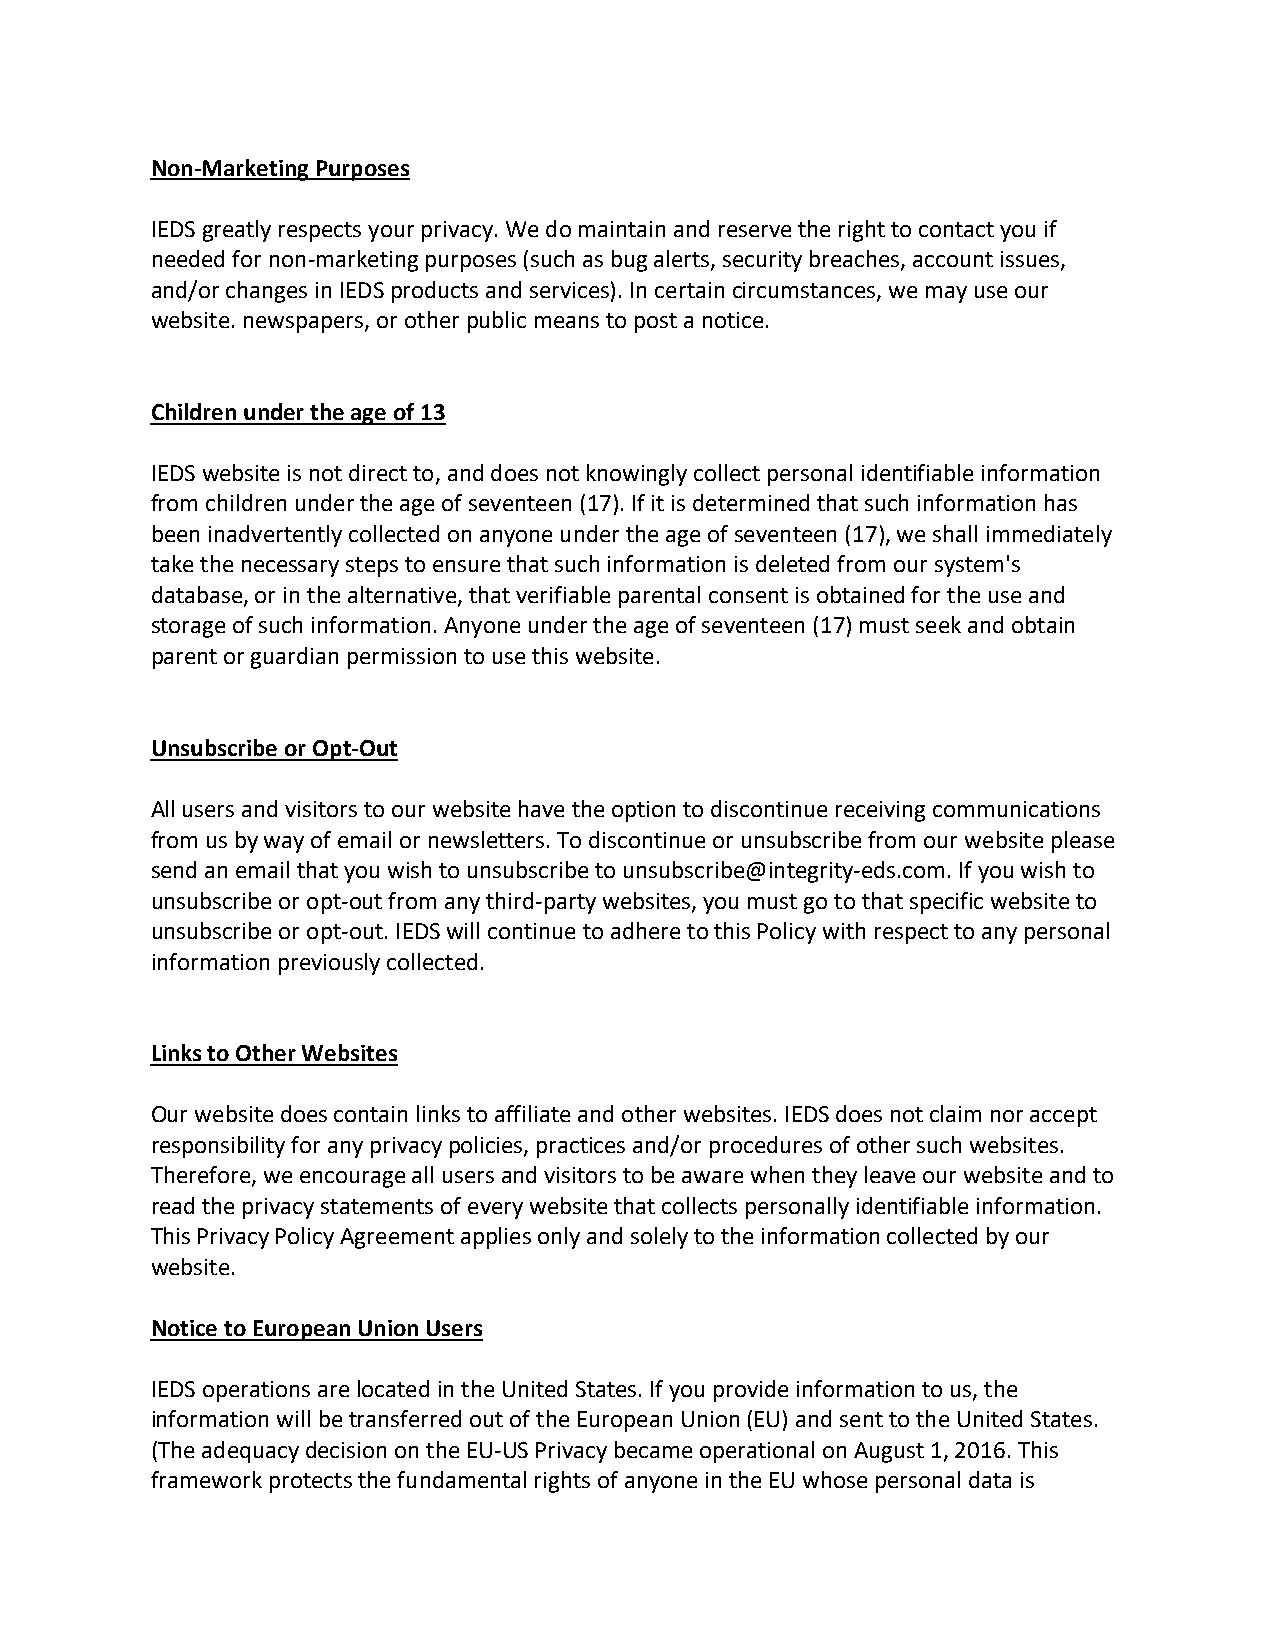
Non-Marketing Purposes
 IEDS greatly respects your privacy. We do maintain and reserve the right to contact you if
 needed for non-marketing purposes (such as bug alerts, security breaches, account issues,
 and/or changes in IEDS products and services). In certain circumstances, we may use our
 website. newspapers, or other public means to post a notice.
 Children under the age of 13
 IEDS website is not direct to, and does not knowingly collect personal identifiable information
 from children under the age of seventeen (17). If it is determined that such information has
 been inadvertently collected on anyone under the age of seventeen (17), we shall immediately
 take the necessary steps to ensure that such information is deleted from our system's
 database, or in the alternative, that verifiable parental consent is obtained for the use and
 storage of such information. Anyone under the age of seventeen (17) must seek and obtain
 parent or guardian permission to use this website.
 Unsubscribe or Opt-Out
 All users and visitors to our website have the option to discontinue receiving communications
 from us by way of email or newsletters. To discontinue or unsubscribe from our website please
 send an email that you wish to unsubscribe to unsubscribe@integrity-eds.com. If you wish to
 unsubscribe or opt-out from any third-party websites, you must go to that specific website to
 unsubscribe or opt-out. IEDS will continue to adhere to this Policy with respect to any personal
 information previously collected.
 Links to Other Websites
 Our website does contain links to affiliate and other websites. IEDS does not claim nor accept
 responsibility for any privacy policies, practices and/or procedures of other such websites.
 Therefore, we encourage all users and visitors to be aware when they leave our website and to
 read the privacy statements of every website that collects personally identifiable information.
 This Privacy Policy Agreement applies only and solely to the information collected by our
 website.
 Notice to European Union Users
 IEDS operations are located in the United States. If you provide information to us, the
 information will be transferred out of the European Union (EU) and sent to the United States.
 (The adequacy decision on the EU-US Privacy became operational on August 1, 2016. This
 framework protects the fundamental rights of anyone in the EU whose personal data is